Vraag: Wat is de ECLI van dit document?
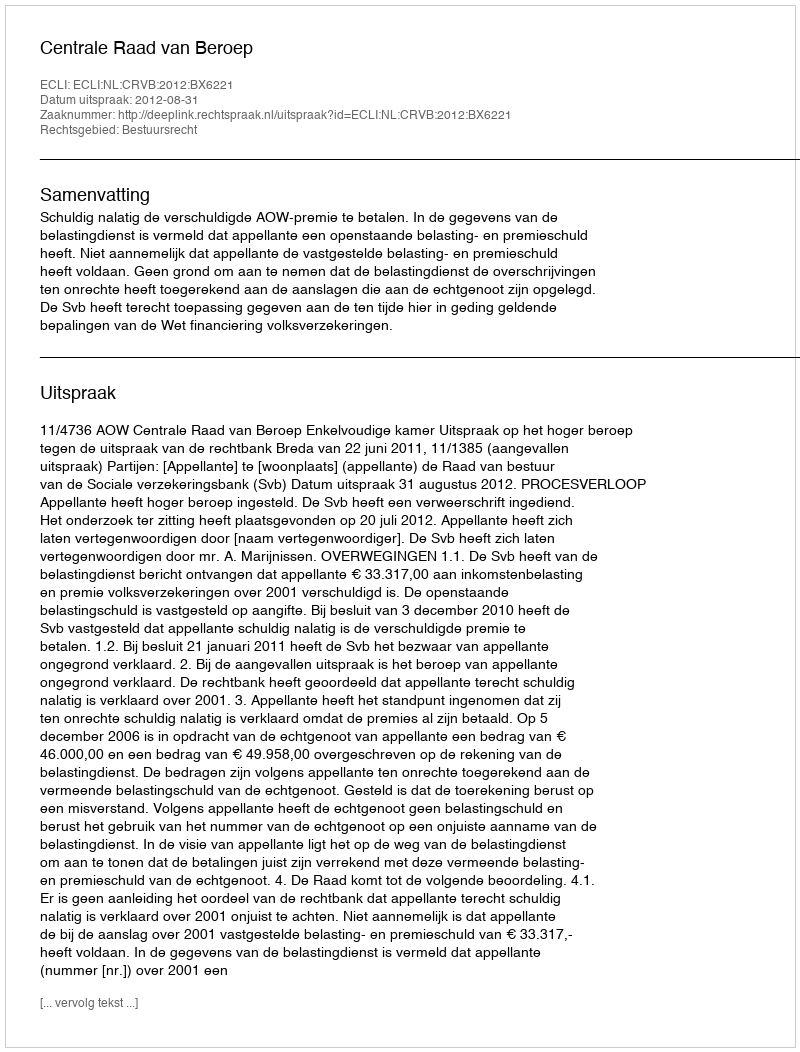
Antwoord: ECLI:NL:CRVB:2012:BX6221